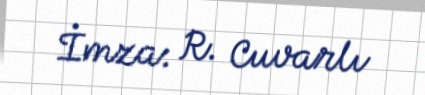
İmza: R. Cuvarlı